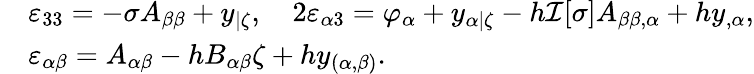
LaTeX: \begin{array}{rl}&{\varepsilon_{33}=-\sigma A_{\beta\beta}+y_{|\zeta},\quad 2\varepsilon_{\alpha 3}=\varphi_{\alpha}+y_{\alpha|\zeta}-h\mathcal{I}[\sigma]A_{\beta\beta,\alpha}+hy_{,\alpha},}\\ &{\varepsilon_{\alpha\beta}=A_{\alpha\beta}-hB_{\alpha\beta}\zeta+hy_{(\alpha,\beta)}.}\end{array}